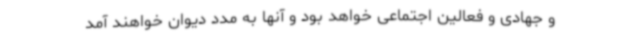
و جهادی و فعالین اجتماعی خواهد بود و آنها به مدد دیوان خواهند آمد